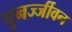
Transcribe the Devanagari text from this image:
पुनर्ज्जीवन